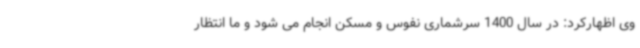
وی اظهارکرد: در سال 1400 سرشماری نفوس و مسکن انجام می شود و ما انتظار